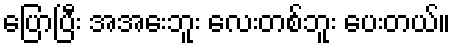
ပြောပြီး အအေးဘူး လေးတစ်ဘူး ပေးတယ်။